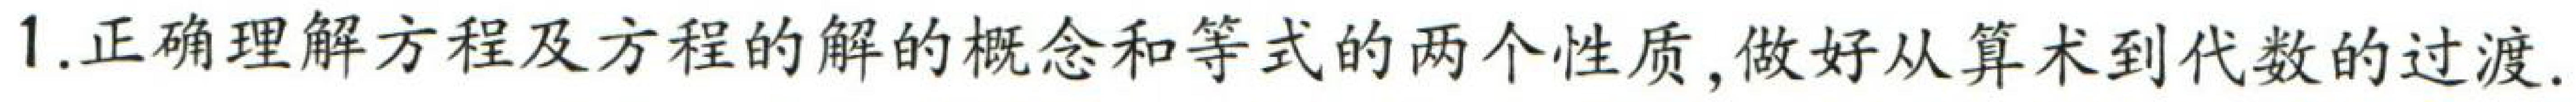
1.正确理解方程及方程的解的概念和等式的两个性质,做好从算术到代数的过渡.